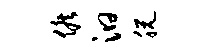
候汩脱